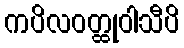
ကပိလဝတ္ထုဝါသီပိ